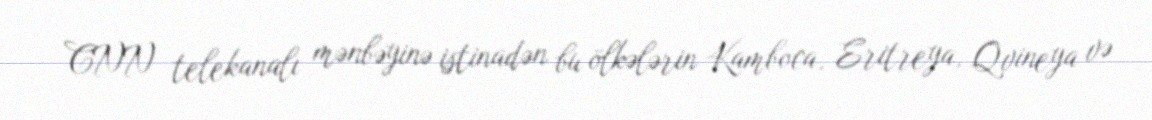
CNN telekanalı mənbəyinə istinadən bu ölkələrin Kamboca, Eritreya, Qvineya və